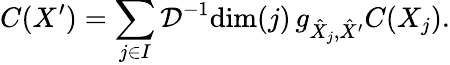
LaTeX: C(X^{\prime})=\sum_{j\in I}\mathcal{D}^{-1}\mathrm{dim}(j)\, g_{\hat{X}_{j},\hat{X}^{\prime}}C(X_{j}).